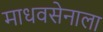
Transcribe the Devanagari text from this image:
माधवसेनाला